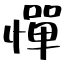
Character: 憚